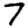
Digit: 7